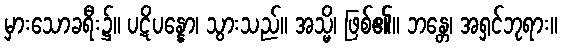
မှားသောခရီး၌။ ပဋိပန္နော၊ သွားသည်။ အသ္မိ၊ ဖြစ်၏။ ဘန္တေ၊ အရှင်ဘုရား။